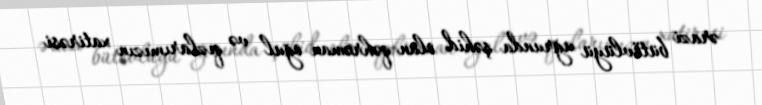
ərazi bütövlüyü uğrunda şəhid olan qəhrəman oğul və qızlarımızın xatirəsi